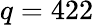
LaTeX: q=422